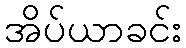
အိပ်ယာခင်း